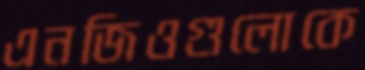
এনজিওগুলোকে